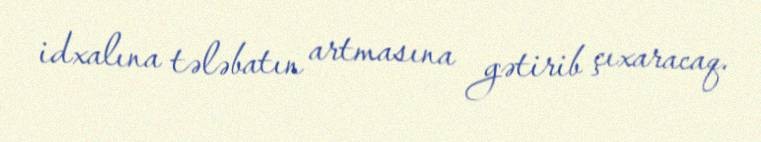
idxalına tələbatın artmasına gətirib çıxaracaq.